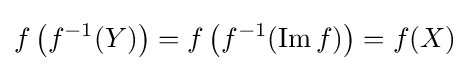
f\left(f^{-1}(Y)\right)=f\left(f^{-1}(\operatorname {Im} f)\right)=f(X)